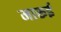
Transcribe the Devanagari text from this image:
मारूई